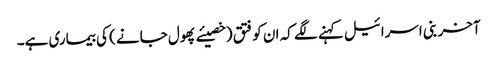
آخر بنی اسرائیل کہنے لگے کہ ان کو فتق (خصیئے پھول جانے ) کی بیماری ہے۔